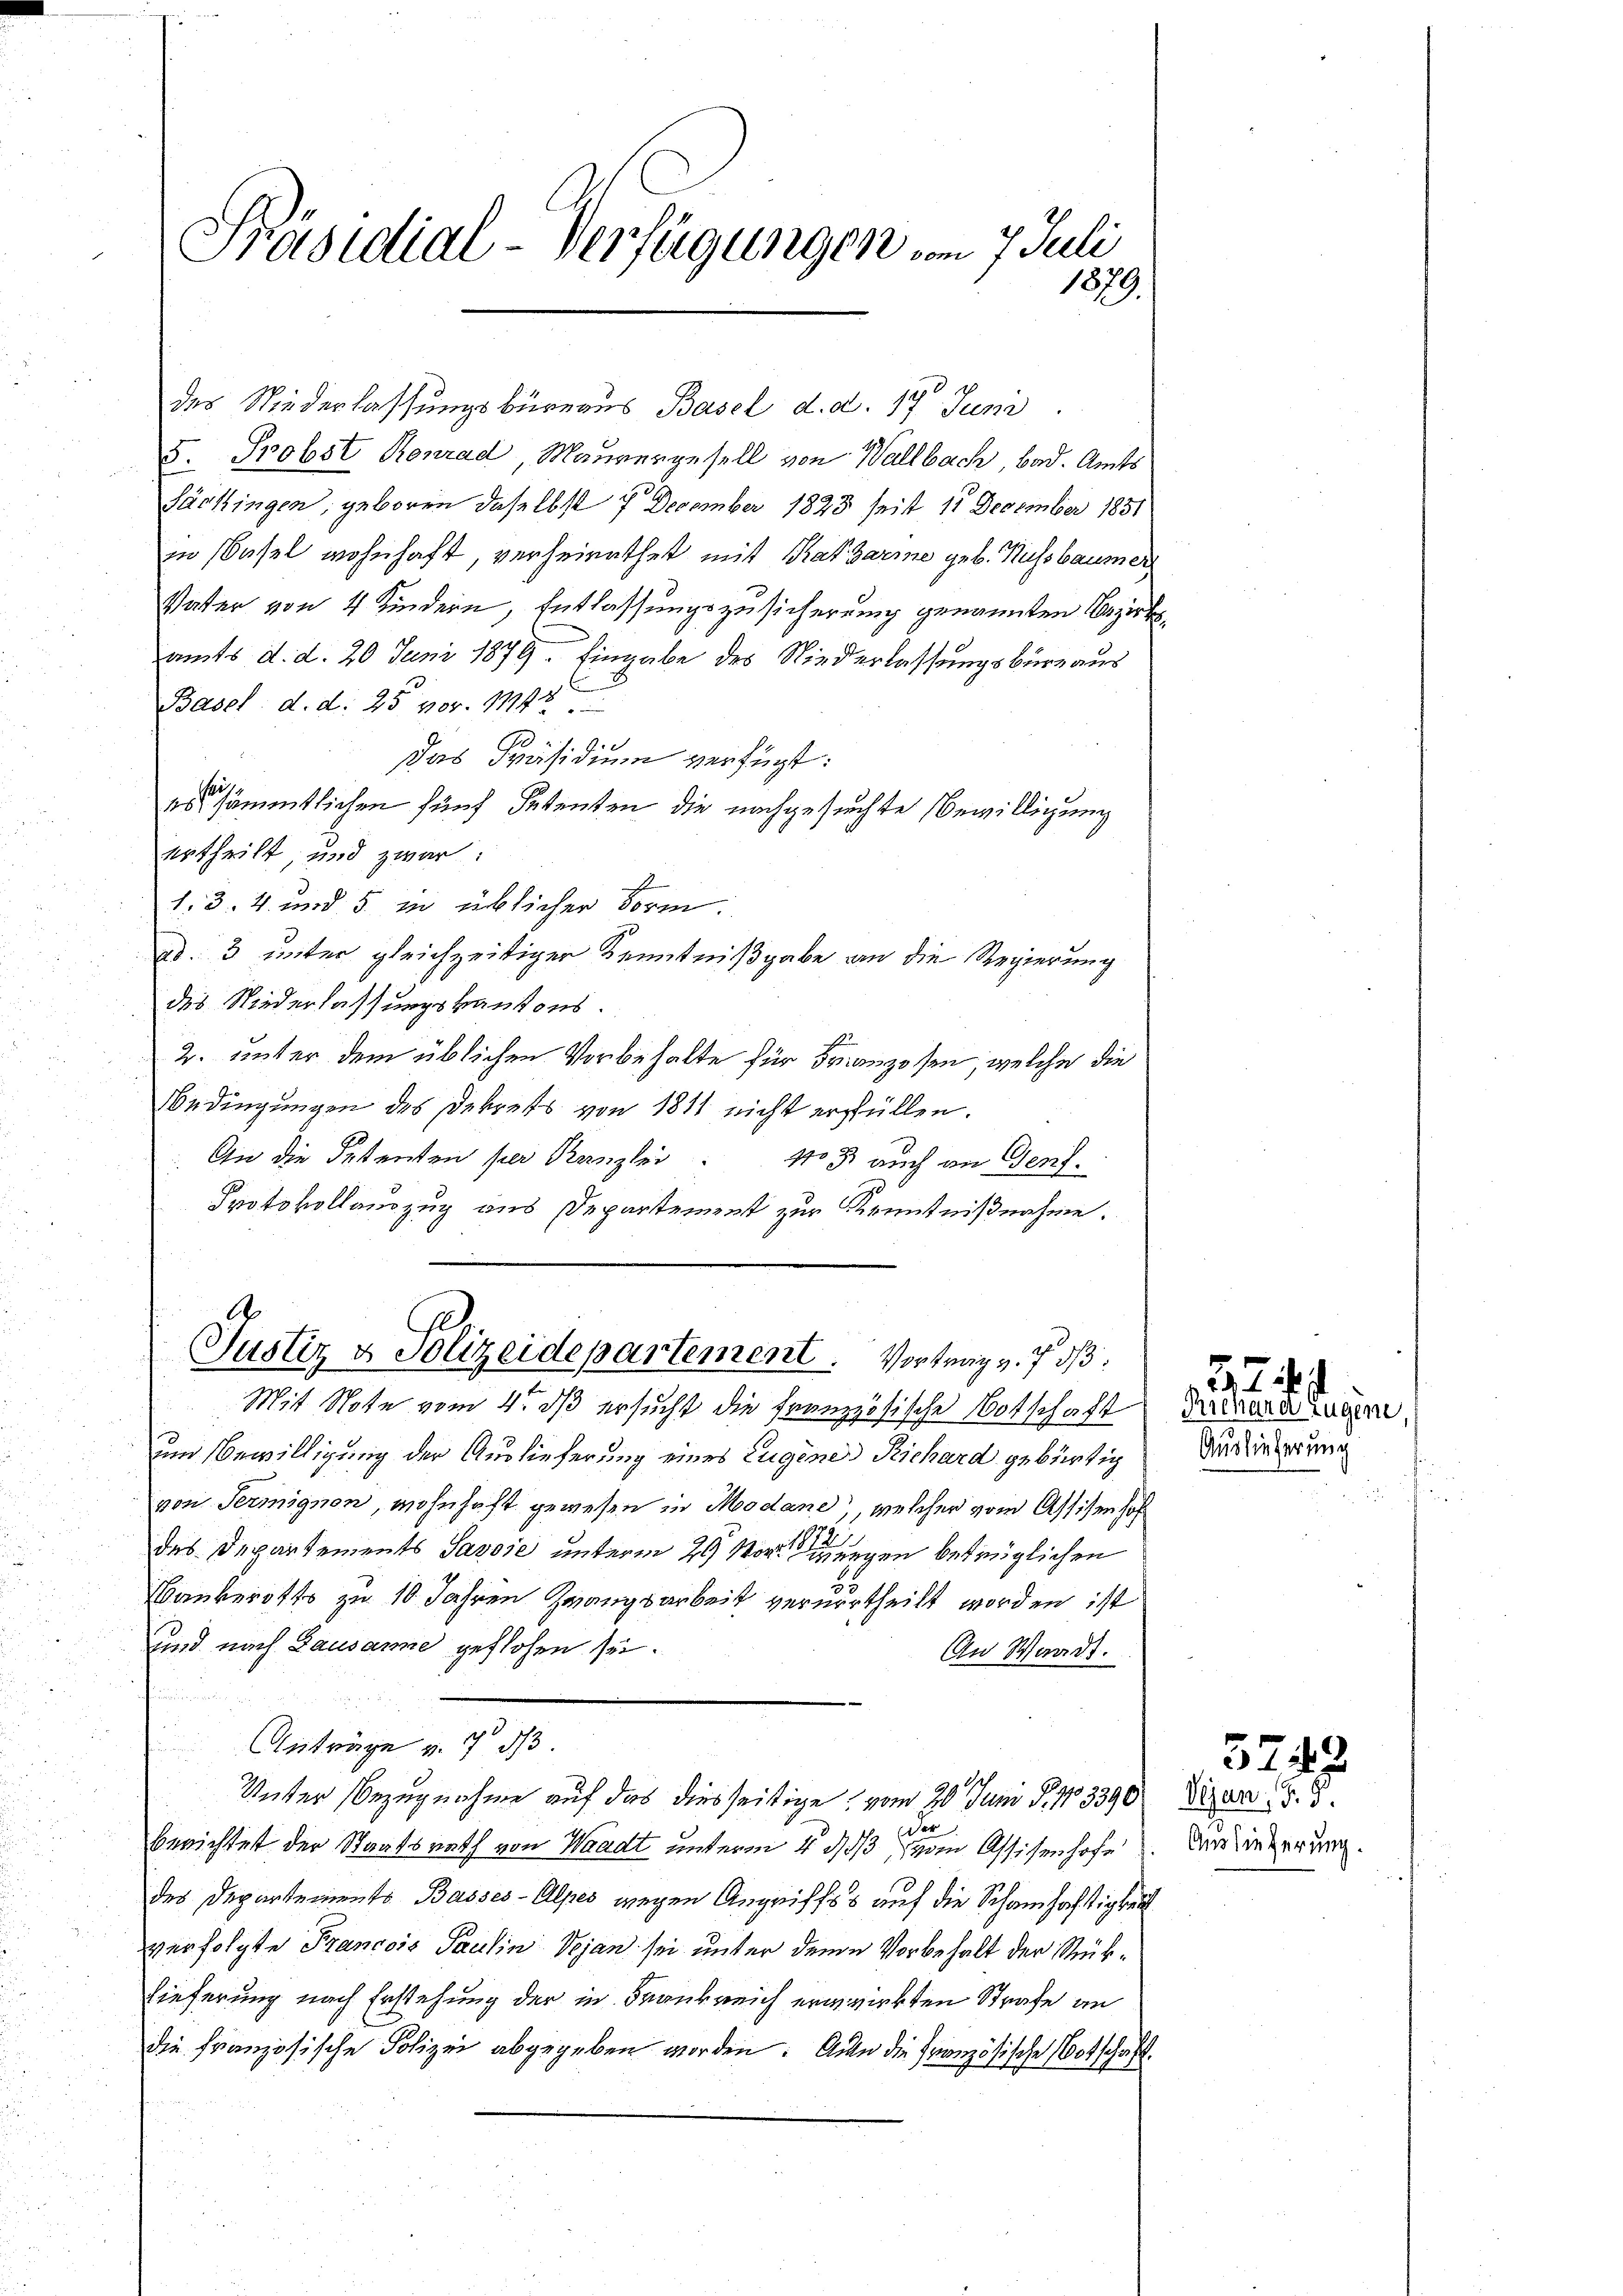
Präsidial-Verfügungen vom 7. Juli
1879.

des Niederlassungsbüreaus Basel d. d. 17. Juni
8. Probst Konrad Maurergesell von Wallbach, bad. Amts
Säckingen, geboren daselbst 7 December 1823 seit 11 December 1851
in (Basel wohnhaft, verheirathet mit Kaksarme geb. Nussbaumer
Vater von 4 Kindern, Entlassungszusicherung genannten Bezirksamts d. d. 20 Juni 1879. Eingabe des Niederlassungsbureaus
Basel d. d. 25 vor. 1742
.
Das Präsidium verfügt:
is
es sämmtlichen fünf Petenten die nachgesuchte Bewilligung
ertheilt, und zwar:
1.3. 4. und 5 in üblicher Form.
ad. 3 unter gleichzeitigen Kenntnißgabe an die Regierung
des Niederlassungskantons.
2. unter dem üblichen Vorbehalte für Franzosen, welche die
Bedingungen des Dekrets von 1811 nicht erfüllen.
An die Petenten per Kanzlei No 3 auch an Genf.
Protokollanzug aus Departement zur Kenntnißnahme.
A

Justiz & Polizeidepartement. Vortrag v. 7 d

Mit Note vom 4. dß ersucht die französische Botschaft
um Bewilligung der Auslieferung eines Eugenes Richard gebürtig
von Termignon, wohnhaft gewesen in Modane, welcher vom Assisenhof
das Departements Savoie unterm 29 Morgen betrüglichen
Bankerotts zu 10 Jahren Zwangsarbeit verurtheilt worden ist
und nach Lausanne geflohen sei.
An Wardt.
e
Anträge u. 7 d
der
berichtet der Staatsrath von Waadt unterm 4. d. 3, vom Assisenhofe
des Departements Basses-Alpes wegen Angriffss auf die Schamhaftigkeit
verfolgte Francois Paulin Vojan sei unter denn Vorbehalt der Rück¬
Lieferung nach Erstehung der in Frankreich erwirkten Strafe an
die französische Polizei abgegeben worden. Alle die französische Botschaft.

Unter Bezugnahme auf das diesseitige, vom 20. Juni S. 13390

Richard Eugene
Auslieferung

374. 4

Auslieferung.

5243
Vejan, d. 5.